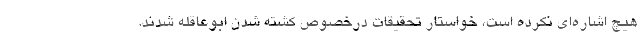
هیچ اشاره‌ای نکرده است، خواستار تحقیقات درخصوص کشته شدن ابوعاقله شدند.